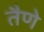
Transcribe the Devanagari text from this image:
तैणे